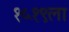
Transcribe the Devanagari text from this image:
१५१९ला